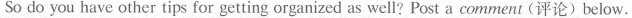
So do you have other tips for getting organized as well?Post a comment (评论)below.